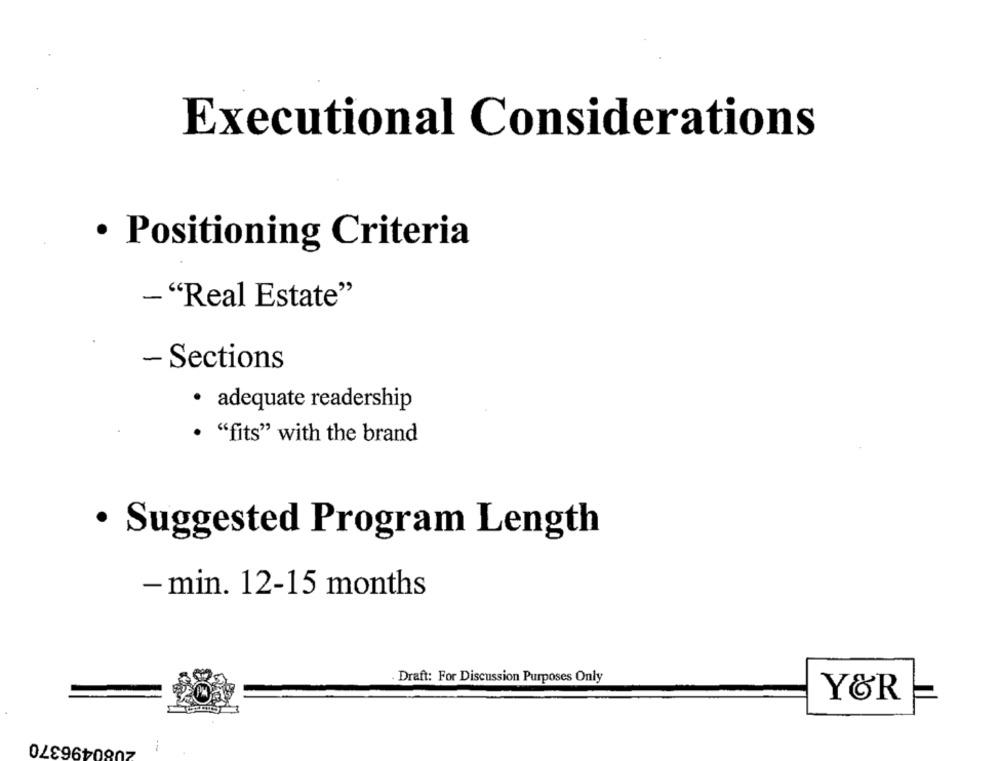
Executional Considerations
· Positioning Criteria
-"Real Estate"
- Sections
· adequate readership
. "fits" with the brand
· Suggested Program Length
- min. 12-15 months
Draft: For Discussion Purposes Only
Y&R
080496370